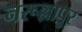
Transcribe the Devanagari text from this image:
नरूल्लापुर